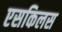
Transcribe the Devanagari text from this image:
एसकिलस